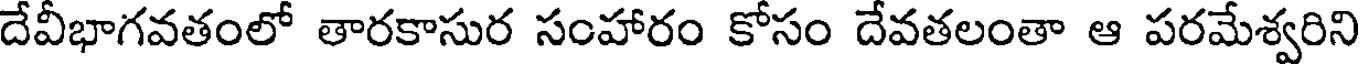
దేవీభాగవతంలో తారకాసుర సంహారం కోసం దేవతలంతా ఆ పరమేశ్వరిని